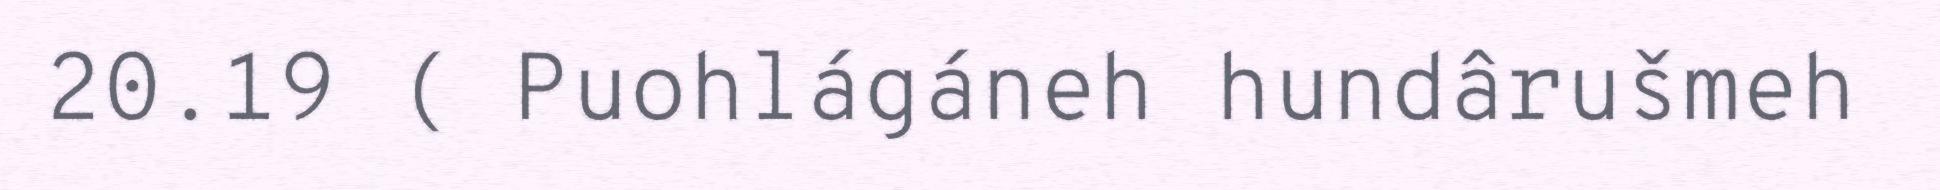
20.19 ( Puohlágáneh hundârušmeh